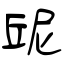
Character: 屔